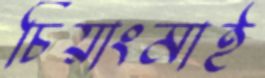
চিয়াংমাই